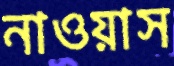
নাওয়াস